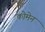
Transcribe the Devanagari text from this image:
कोमेन